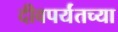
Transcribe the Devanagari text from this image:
दीवपर्यंतच्या